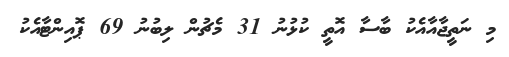
މި ނަތީޖާއާއެކު ބާސާ އޮތީ ކުޅުނު 31 މެޗުން ލިބުނު 69 ޕޮއިންޓާއެކު